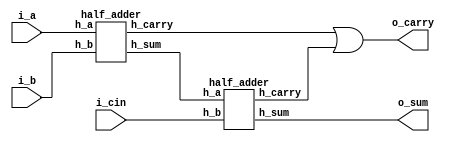
module full_half_add_1bit(
                          i_a     ,  //input 
                          i_b     ,  //input 
                          i_cin   ,  //input 
                          o_sum   ,  //output 
                          o_carry    //output 
                          )       ;

//Port declaration

input  i_a, i_b, i_cin            ;    
output o_sum, o_carry             ;
wire   w_sum1, w_carry1, w_carry2 ;

half_adder h1(                       //half adder instantiation
              .h_a(i_a)           ,   
              .h_b(i_b)           ,
              .h_sum(w_sum1)      ,	
              .h_carry(w_carry1)    
              )                   ;
half_adder h2(                       //half adder instantiation
              .h_a(w_sum1)        ,
              .h_b(i_cin)         ,
              .h_sum(o_sum)       ,	
              .h_carry(w_carry2)
              )                   ;

assign o_carry = w_carry1 | w_carry2;
  
endmodule // full adder


// module declaration for half adder
module half_adder(
	               h_a	   ,	//input
	               h_b	   ,	//input 
               	h_sum	   ,	//output
	               h_carry     //output
                  )        ;

//Port declaration

input  h_a	   ;
input  h_b	   ;
output h_sum	;
output h_carry	;
  
//sum and carry expression for half adder

assign h_sum   =  h_a ^ h_b;	//xor operation
assign h_carry =  h_a & h_b;	//and operation
  
endmodule // half adder